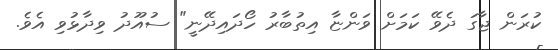
ކުރަން ޖާގަ ދެވޭ ކަމަށް ވަންޏާ އިތުބާރު ހޯދައިދޭނީ" ސުއޫދު ވިދާޅުވި އެވެ.